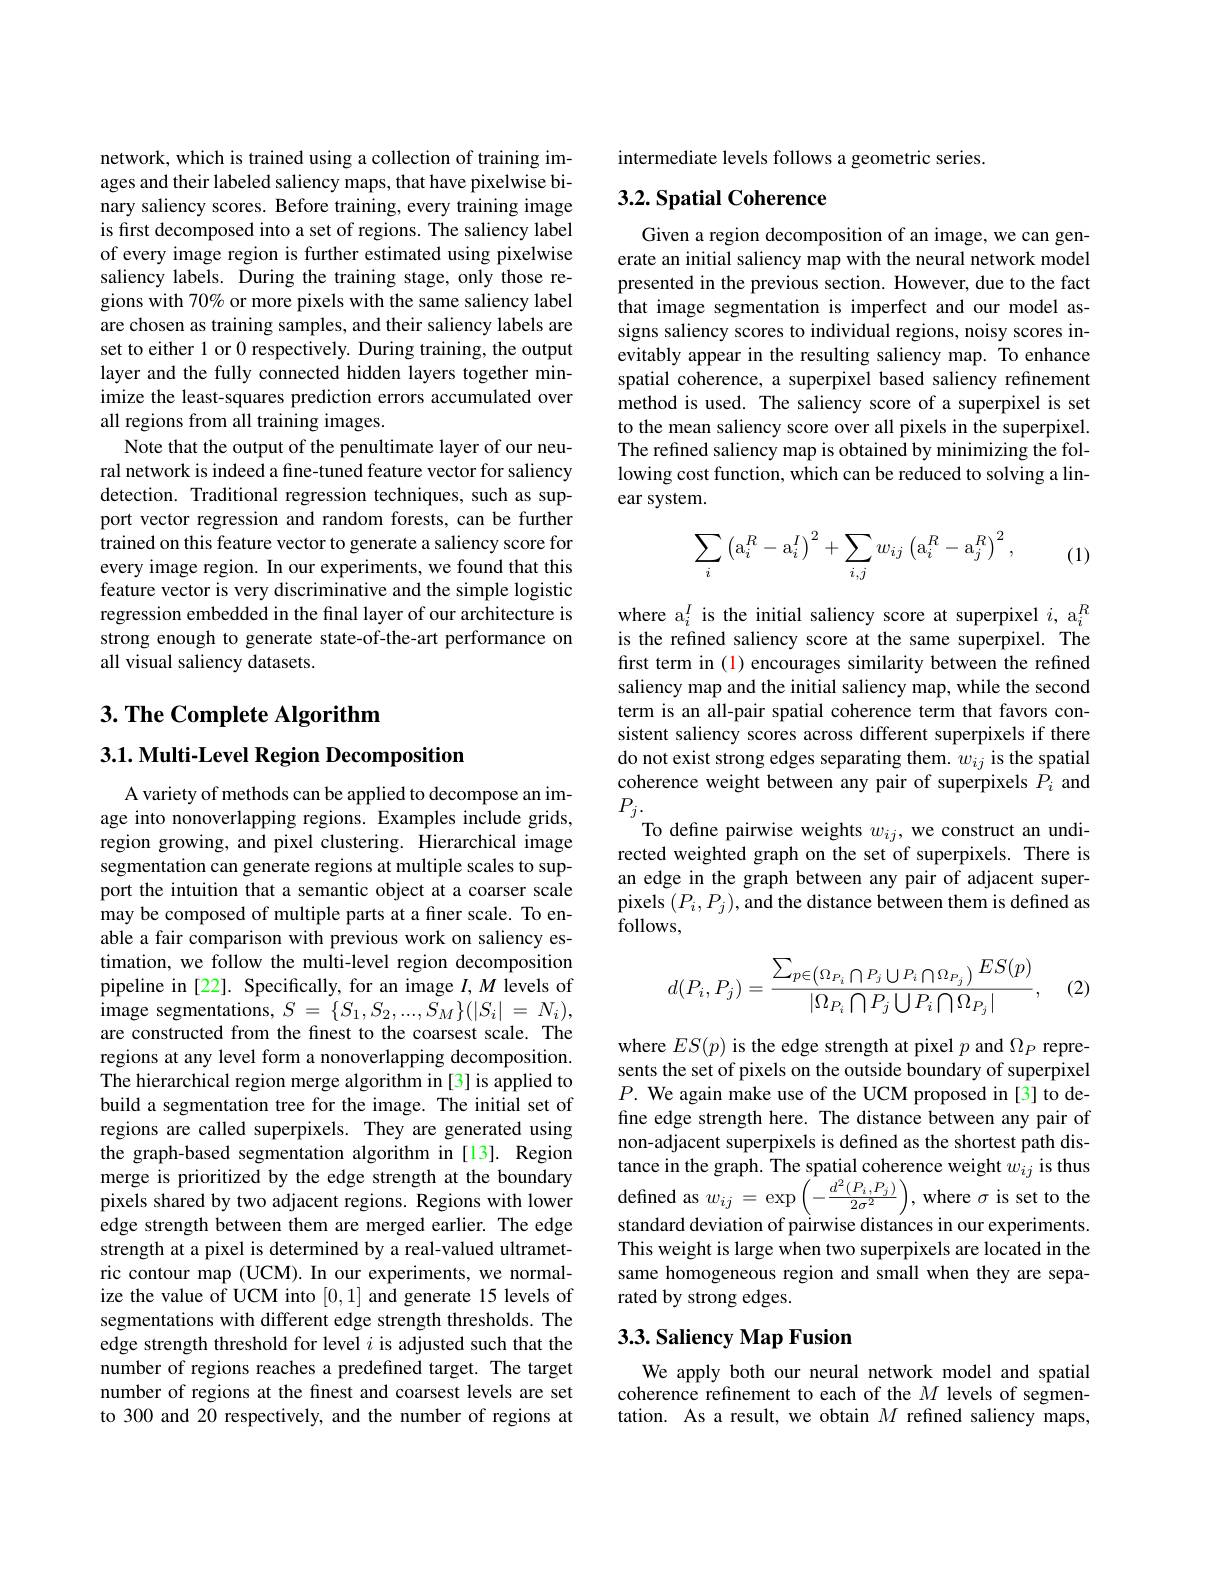
network, which is trained using a collection of training images and their labeled saliency maps, that have pixelwise binary saliency scores. Before training, every training image is first decomposed into a set of regions. The saliency label of every image region is further estimated using pixelwise saliency labels. During the training stage, only those regions with 70% or more pixels with the same saliency label are chosen as training samples, and their saliency labels are set to either 1 or 0 respectively. During training, the output layer and the fully connected hidden layers together minimize the least-squares prediction errors accumulated over all regions from all training images.
Note that the output of the penultimate layer of our neural network is indeed a fine-tuned feature vector for saliency detection. Traditional regression techniques, such as support vector regression and random forests, can be further trained on this feature vector to generate a saliency score for every image region. In our experiments, we found that this feature vector is very discriminative and the simple logistic regression embedded in the final layer of our architecture is strong enough to generate state-of-the-art performance on all visual saliency datasets.

## 3. The Complete Algorithm

$3. 1. \textbf{Multi- Level Region Decomposition}$

A variety of methods can be applied to decompose an image into nonoverlapping regions. Examples include grids, region growing, and pixel clustering. Hierarchical image segmentation can generate regions at multiple scales to support the intuition that a semantic object at a coarser scale may be composed of multiple parts at a finer scale. To enable a fair comparison with previous work on saliency estimation, we follow the multi-level region decomposition pipeline in [22]. Specifically, for an image $I,M$ levels of image segmentations, $S=\{S_{1},S_{2},...,S_{M}\}(|S_{i}|=N_{i})$, are constructed from the finest to the coarsest scale. The regions at any level form a nonoverlapping decomposition. The hierarchical region merge algorithm in [3] is applied to build a segmentation tree for the image. The initial set of regions are called superpixels. They are generated using the graph-based segmentation algorithm in[13]. Region merge is prioritized by the edge strength at the boundary pixels shared by two adjacent regions. Regions with lower edge strength between them are merged earlier.The edge strength at a pixel is determined by a real-valued ultrametric contour map (UCM). In our experiments, we normalize the value of UCM into [0,1] and generate 15 levels of segmentations with different edge strength thresholds. The edge strength threshold for level $i$ is adjusted such that the number of regions reaches a predefined target. The target number of regions at the finest and coarsest levels are set to 300 and 20 respectively, and the number of regions at

intermediate levels follows a geometric series.

### $3. 2. \textbf{Spatial Coherence}$

Given a region decomposition of an image, we can generate an initial saliency map with the neural network model presented in the previous section. However, due to the fact that image segmentation is imperfect and our model assigns saliency scores to individual regions, noisy scores inevitably appear in the resulting saliency map. To enhance spatial coherence, a superpixel based saliency refinement method is used. The saliency score of a superpixel is set to the mean saliency score over all pixels in the superpixel. The refined saliency map is obtained by minimizing the following cost function, which can be reduced to solving a linear system.
$$\sum_i\left(\mathrm a_i^R-\mathrm a_i^I\right)^2+\sum_{i,j}w_{ij}\left(\mathrm a_i^R-\mathrm a_j^R\right)^2,$$
(1)

where a$_i^I$ is the initial saliency score at superpixel $i,\mathrm{a}_i^R$ is the refined saliency score at the same superpixel. The first term in (1) encourages similarity between the refined saliency map and the initial saliency map, while the second term is an all-pair spatial coherence term that favors consistent saliency scores across different superpixels if there do not exist strong edges separating them. $w_ij$ is the spatial coherence weight between any pair of superpixels $P_i$ and $P_{j}.$
To define pairwise weights $w_{ij}$, we construct an undirected weighted graph on the set of superpixels. There is an edge in the graph between any pair of adjacent superpixels $(P_i,P_j)$,and the distance between them is defined as $\bar{\text{follows,}}$
$$d(P_i,P_j)=\frac{\sum_{p\in\left(\Omega_{P_i}\bigcap P_j\bigcup P_i\bigcap\Omega_{P_j}\right)}ES(p)}{|\Omega_{P_i}\bigcap P_j\bigcup P_i\bigcap\Omega_{P_j}|},$$
(2)

where $ES(p)$ is the edge strength at pixel $p$ and $\Omega_P$ represents the set of pixels on the outside boundary of superpixel $P.$ We again make use of the UCM proposed in[3] to define edge strength here. The distance between any pair of non-adjacent superpixels is defined as the shortest path distance in the graph. The spatial coherence weight $w_{ij}$ is thus defined as $w_{ij}= \exp \left ( - \frac {d^{2}( P_{i}, P_{j}) }{2\sigma ^{2}}\right ) $, where $\sigma$ is set to the standard deviation of pairwise distances in our experiments. This weight is large when two superpixels are located in the same homogeneous region and small when they are separated by strong edges.

## 3.3. Saliency Map Fusion

We apply both our neural network model and spatial coherence refinement to each of the $M$ levels of segmentation. As a result, we obtain $M$ refined saliency maps,